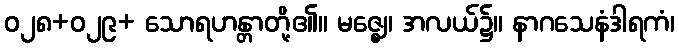
ဝ၂၈+ဝ၂၉+ သောရဟန္တာတို့၏။ မဇ္ဈေ၊ အလယ်၌။ နာဂသေနံဒါရကံ၊